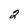
Character: 2